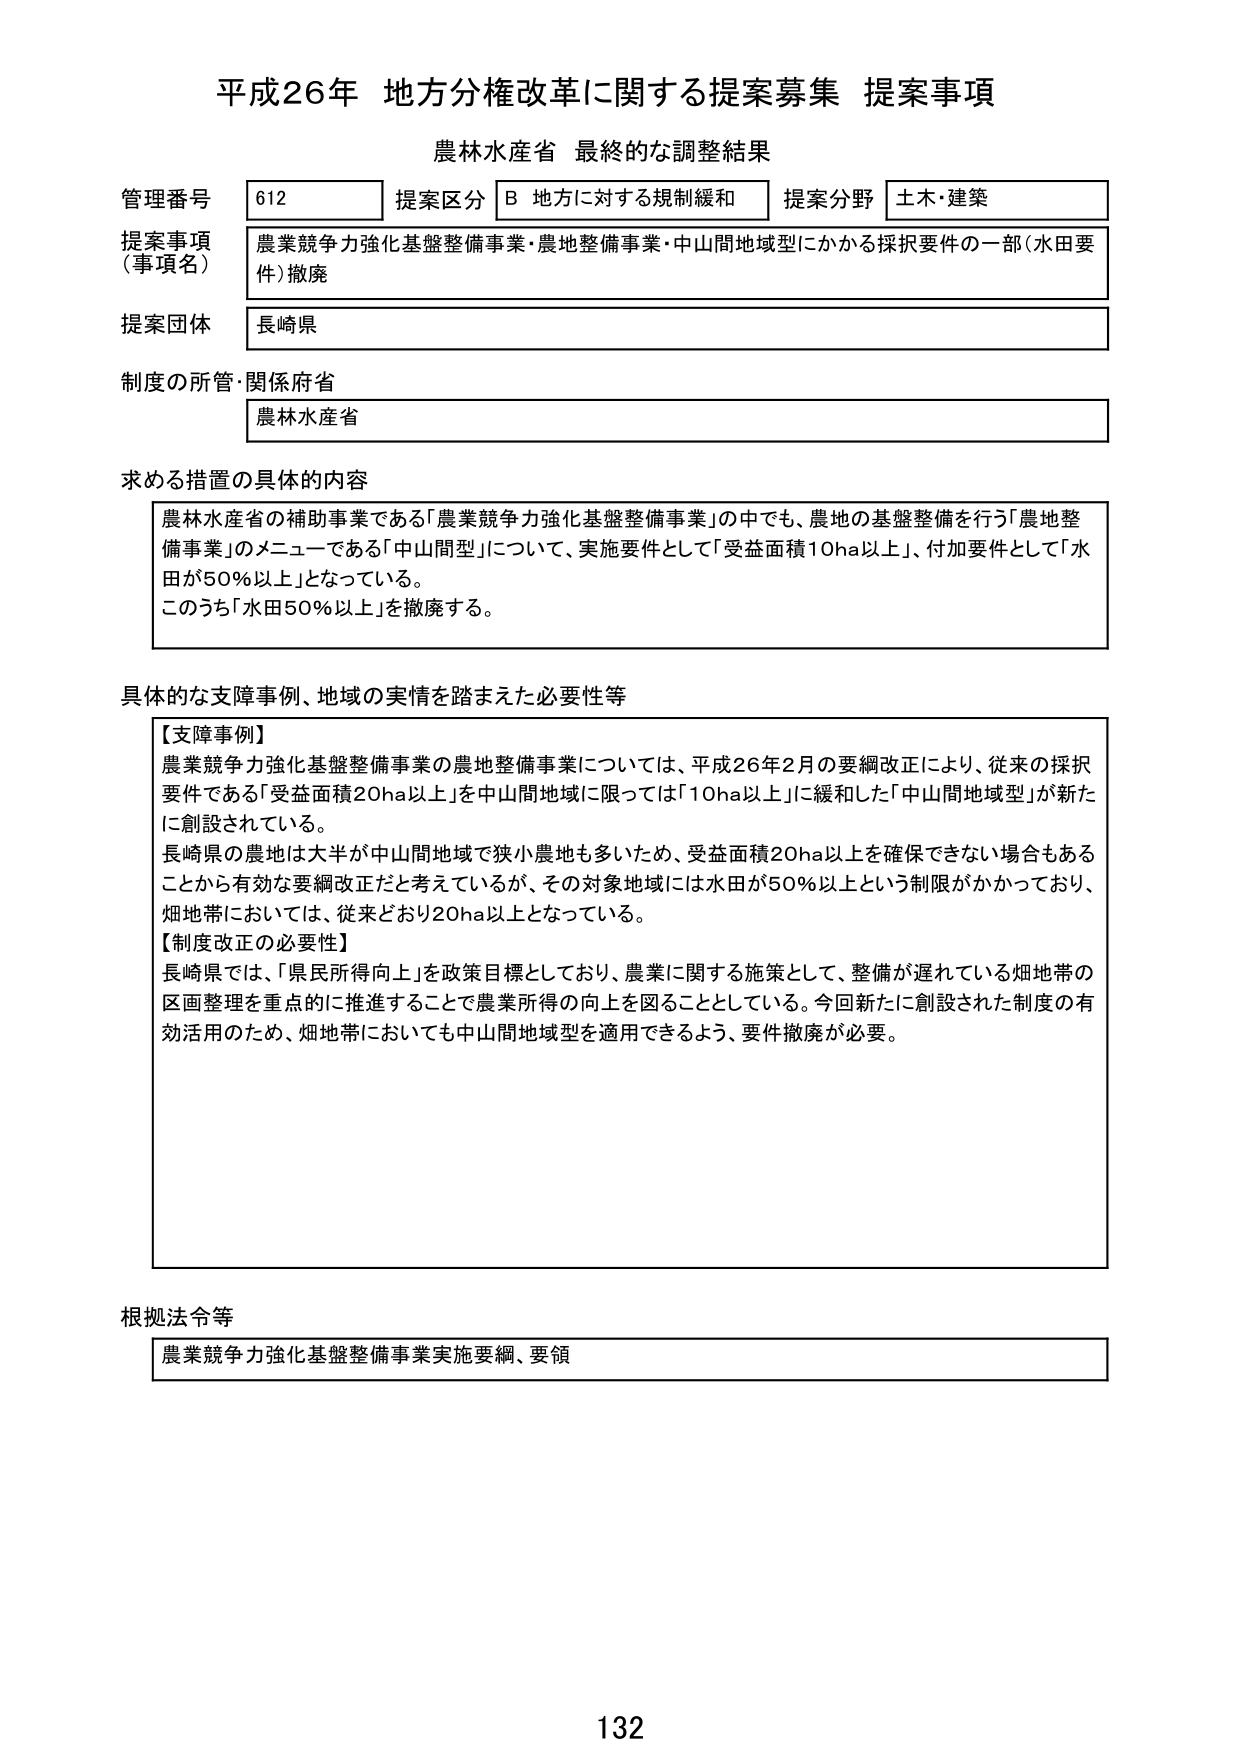
平成26年 地方分権改革に関する提案募集 提案事項
農林水産省 最終的な調整結果

管理番号 612
提案区分 B 地方に対する規制緩和
提案分野 土木・建築

提案事項（事項名）
農業競争力強化基盤整備事業・農地整備事業・中山間地域型にかかる採択要件の一部（水田要件）撤廃

提案団体
長崎県

制度の所管・関係府省
農林水産省

求める措置の具体的な内容
農林水産省の補助事業である「農業競争力強化基盤整備事業」の中でも、農地の基盤整備を行う「農地整備事業」のメニューである「中山間型」について、実施要件として「受益面積10ha以上」、付加要件として「水田が50％以上」となっている。
このうち「水田50％以上」を撤廃する。

具体的な支障事例、地域の実情を踏まえた必要性等
【支障事例】
農業競争力強化基盤整備事業の農地整備事業については、平成26年2月の要綱改正により、従来の採択要件である「受益面積20ha以上」を中山間地域に限っては「10ha以上」に緩和した「中山間地域型」が新たに創設されている。
長崎県の農地は大半が中山間地域で狭小農地も多いため、受益面積20ha以上を確保できない場合もあることから有効な要綱改正だと考えているが、その対象地域には水田が50％以上という制限がかかっており、畑地帯においては、従来どおり20ha以上となっている。
【制度改正の必要性】
長崎県では、「県民所得向上」を政策目標としており、農業に関する施策として、整備が遅れている畑地帯の区画整理を重点的に推進することで農業所得の向上を図ることとしている。今回新たに創設された制度の有効活用のため、畑地帯においても中山間地域型を適用できるよう、要件撤廃が必要。

根拠法令等
農業競争力強化基盤整備事業実施要綱、要領

132